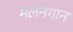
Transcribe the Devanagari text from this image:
मलनगान